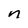
Character: n